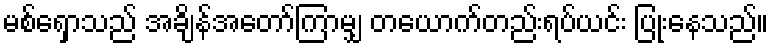
မစ်ရှောသည် အချိန်အတော်ကြာမျှ တယောက်တည်းရပ်ယင်း ပြုံးနေသည်။